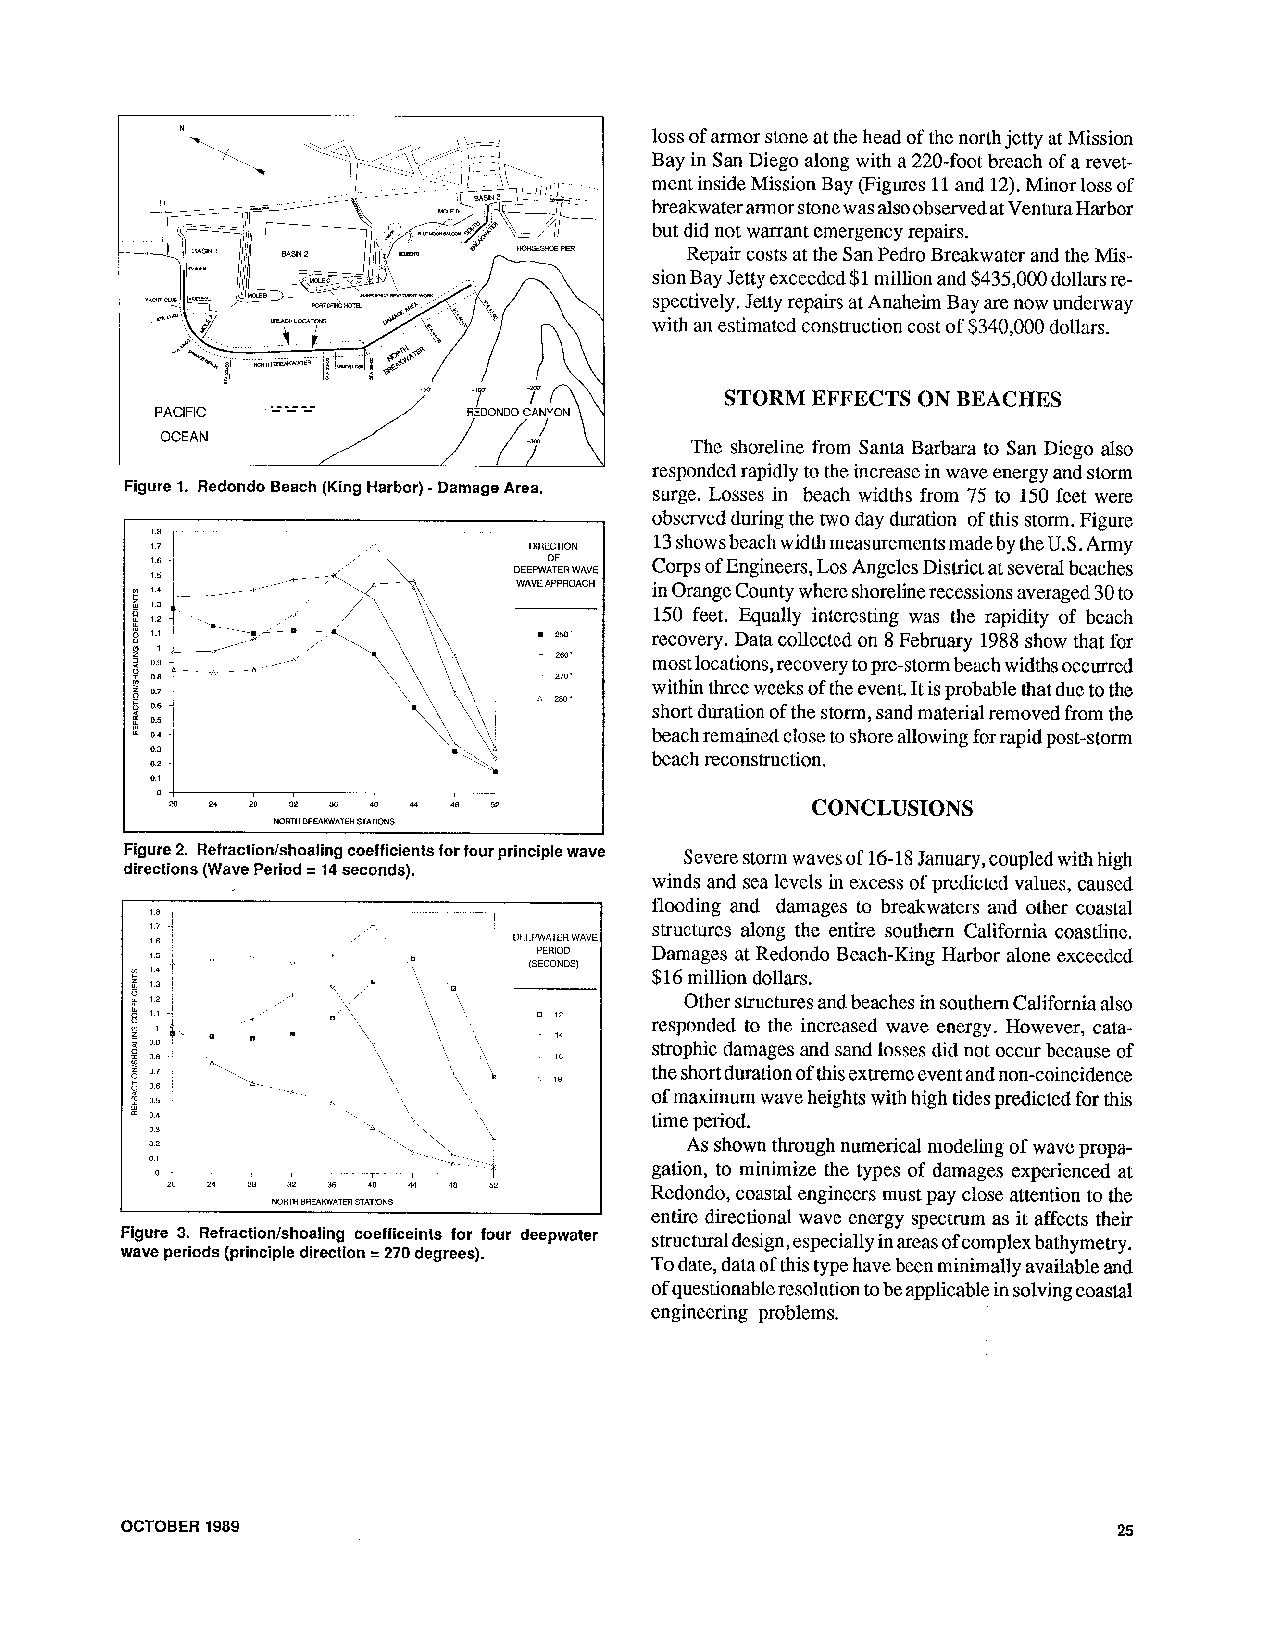
N \ L . ,\- .\.    - 1 I       l Bo as ys o inf a Sr am no Dr is et go on e a a lot nth gc w h ie tha d a o 2f 2t 0h -e f on oo tr t bh r j ce at cty h a ot f M a ris es vi eo tn -
 ment inside Mission Bay (Figures 11 and 12). Minor loss of
 breakwater armor stone was also observed at Ventura Harbor
 but did not warrant emergency repairs.
 Repair costs at the San Pedro Breakwater and the Mis-
 sion Bay Jetty exceeded $1 million and $435,000 dollars re-
 spectively. Jetty repairs at Anaheim Bay are now underway
 with an estimated construction cost of $340,000 dollars.
 STORM EFFECTS ON BEACHES
 PACIFIC
 OCEAN                              The shoreline from Santa Barbara to San Diego also
 ,-
 rcspondcd rapidly to the increase in wave energy and storm
 -
 Figure 1. Redondo Beach (King Harbor) Damage Area. surge. Losses in beach widths from 75 to 150 fcet were
 observed during the two day duration of this storm. Figure
 13 showsbeach width measurements madeby the U.S. Army
 DIRECTION
 OF     Corps of Engineers, Los Angeles District at several beaches
 DEEP'AATEn WAVE
 WAVE APPROACH in Orange County where shoreliner ecessions averaged 30 to
 .
 150 feet. Equally interesting was the rapidity of beach
 250   recoi7ery.D ata collected on 8 February 1988 show that for
 + 260' most locations, recovery to pre-storm beach widths occurred
 270'  within three weeks of the event. It is probable that due to the
 .1 280' short duration of the storm, sand material removed from the
 beach remained close to shore allowing for rapid post-storm
 beach reconstruction.
 --I
 20 24 28 32 36 40 44 4I 8 52               CONCLUSIONS
 NORTH BREWWATER STATIONS
 Figure 2. Refractionlshoaling coefficients for four principle wave Severe storm waves of 16-18 January, coupled with high
 directions (Wave Period = 14 seconds).
 winds and sea levels in excess of predicted values, caused
 flooding and danages to breakwaters and other coastal
 structures along the entire southern California coastline.
 Damages at Redondo Beach-King Harbor alone exceeded
 $16 million dollars.
 Other structures and beaches in southern California also
 responded to the increased wave encrgy. Howcvcr, cata-
 strophic damages and sand losses did not occur because of
 the short duration of this extreme event and non-coincidence
 of maximum wave heights with high tides predicted for this
 time period.
 As shown through numerical modeling of wave propa-
 gation, to minimize the types of damages experienced at
 20 24 28 32 36 40 54 48 59      Redondo, coastal engineers must pay close attention to the
 NORTH BREAKWATERS TATION5
 entire directional wave energy spectrum as it affects their
 Figure 3. Refractionlshoaling coefficeints for four deepwater structural design, especially in areas of complex bathymetry.
 wave periods (principle direction = 270 degrees).
 To date, dalaof this type have been minimally available and
 of questionabler esolution lo be applicable in solving coastal
 enginccring problems.
 OCTOBER 1989